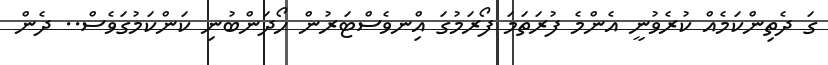
ގަ ދެތިންކަމެއް ކުރެވުނީ އެންމެ ފުރަތަމަ ފޯރަމުގަ އިްނވެސްޓަރުން ހޯދަންބުނި ކަންކަމުގަވެސް.. ދެން